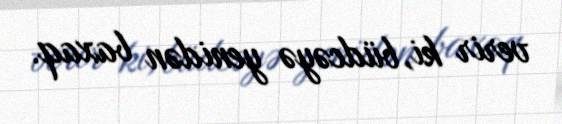
verir ki, büdcəyə yenidən baxaq.